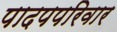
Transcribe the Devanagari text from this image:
पादपपरिवार